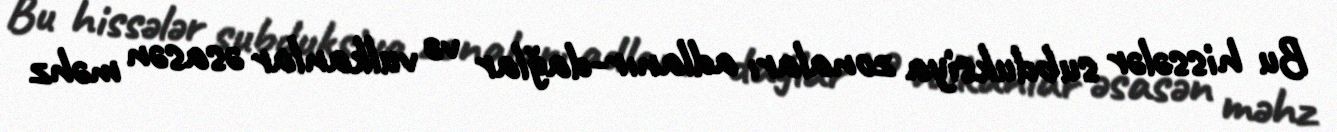
Bu hissələr subduksiya zonaları adlanır-dağlar və vulkanlar əsasən məhz